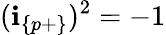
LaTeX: (\textbf{i}_{\{ p+\} })^{2}=-1